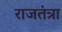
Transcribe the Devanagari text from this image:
राजतंत्रा